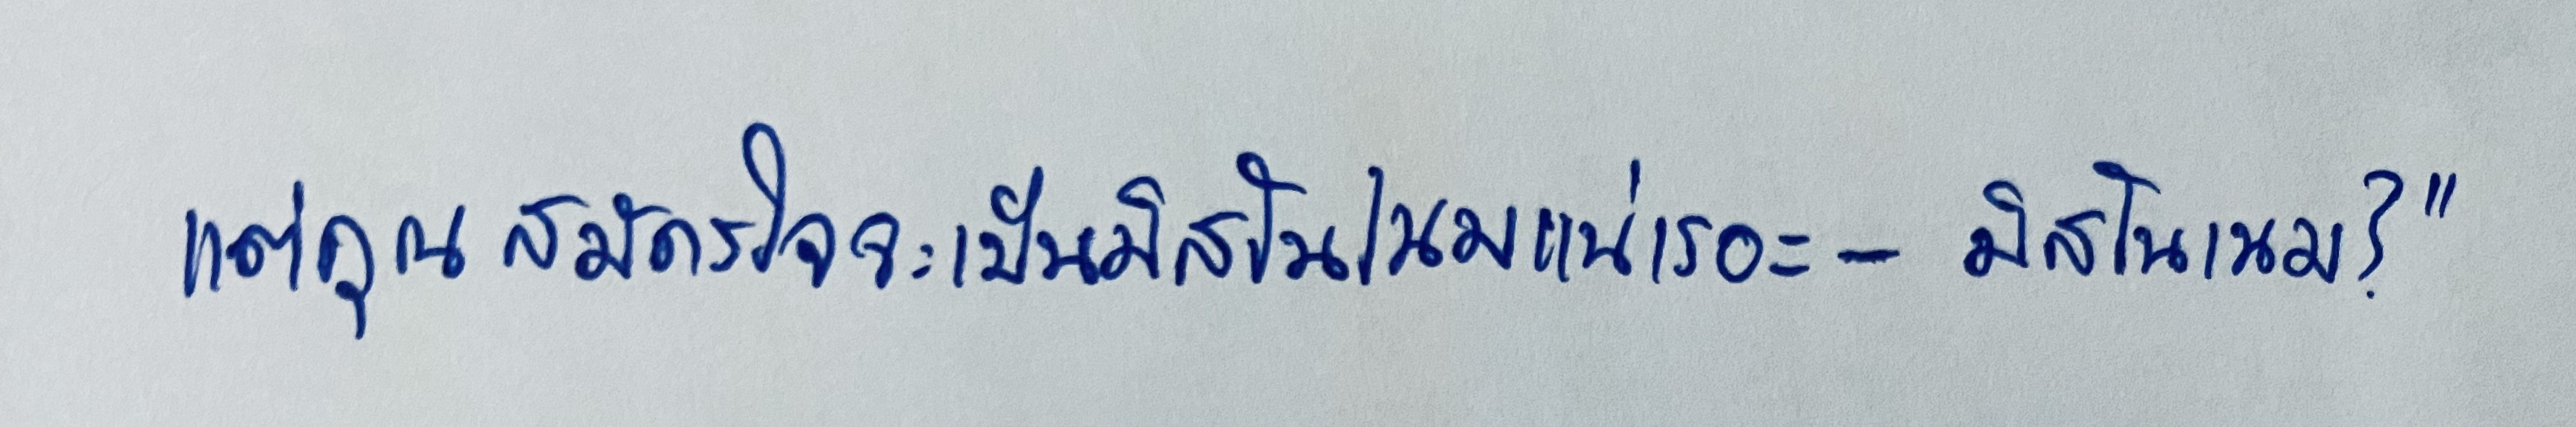
แต่คุณสมัครใจจะเป็นมิสโนเนมแน่เรอะ-มิสโนเนม?"